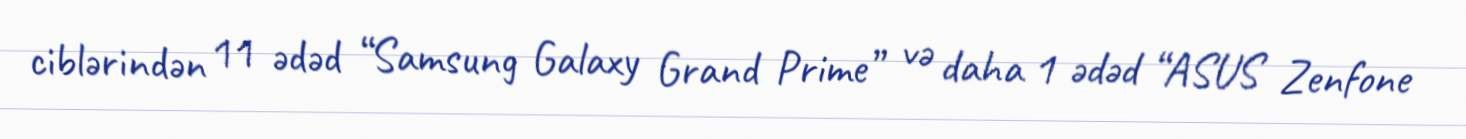
ciblərindən 11 ədəd “Samsung Galaxy Grand Prime” və daha 1 ədəd “ASUS Zenfone